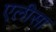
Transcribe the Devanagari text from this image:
एलीसा